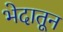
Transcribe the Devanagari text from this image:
भेदातून